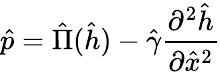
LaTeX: \hat{p}=\hat{\Pi}(\hat{h})-\hat{\gamma}\frac{\partial^{2}\hat{h}}{\partial\hat{x}^{2}}